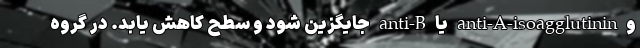
و anti-A-isoagglutinin یا anti-B جایگزین شود و سطح کاهش یابد. در گروه